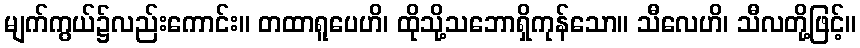
မျက်ကွယ်၌လည်းကောင်း။ တထာရူပေဟိ၊ ထိုသို့သဘောရှိကုန်သော။ သီလေဟိ၊ သီလတို့ဖြင့်။